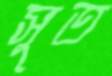
সুত